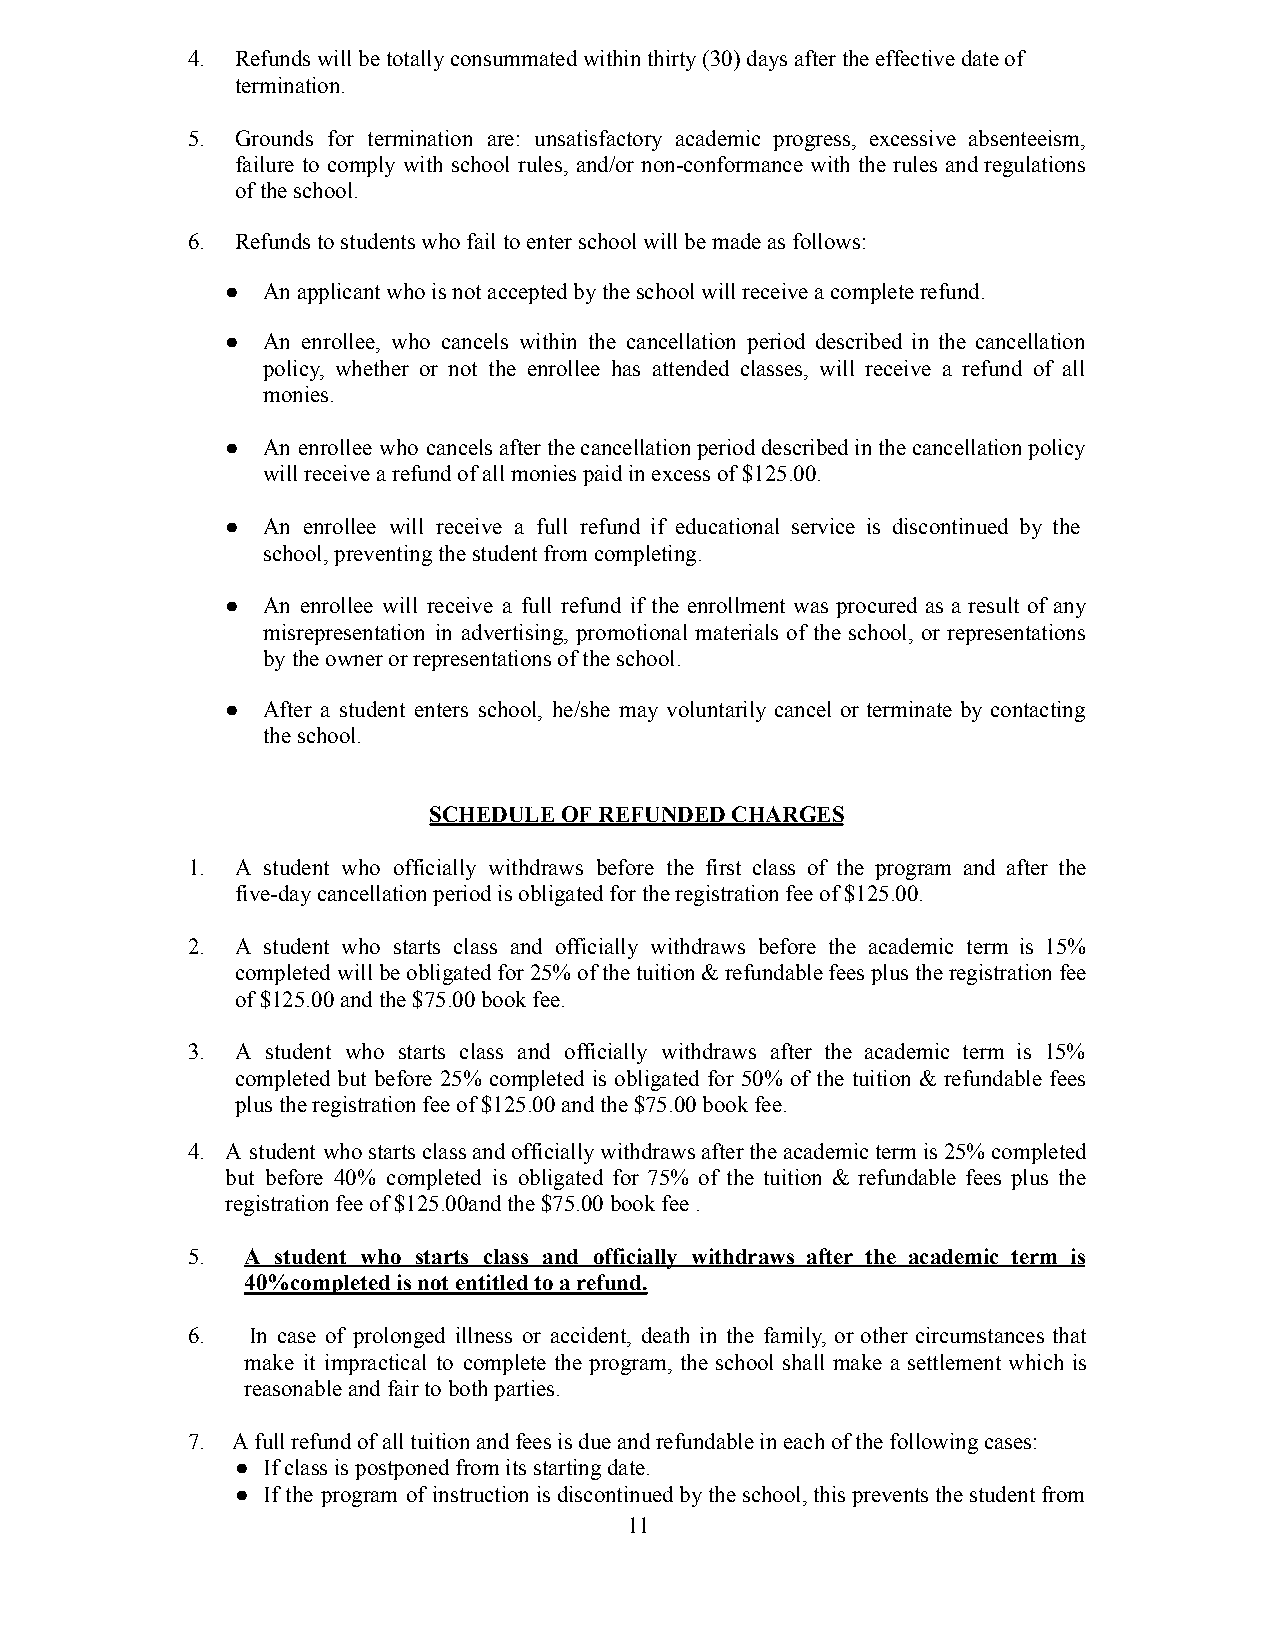
4.  Refundswillbetotallyconsummatedwithinthirty(30)daysaftertheeffectivedateof
 termination.
 5.  Grounds for termination are: unsatisfactory academic progress, excessive absenteeism,
 failure to comply with school rules, and/or non-conformance with the rules andregulations
 oftheschool.
 6.  Refundstostudentswhofailtoenterschoolwillbemadeasfollows:
 ● Anapplicantwhoisnotacceptedbytheschoolwillreceiveacompleterefund.
 ● An enrollee, who cancels within the cancellation period described in the cancellation
 policy, whether or not the enrollee has attended classes, will receive a refund of all
 monies.
 ● An enrollee who cancelsafterthecancellationperioddescribedinthecancellationpolicy
 willreceivearefundofallmoniespaidinexcessof$125.00.
 ● An enrollee will receive a full refund if educational service is discontinued by the
 school,preventingthestudentfromcompleting.
 ● An enrollee will receive a full refund if the enrollment was procured as a result of any
 misrepresentation in advertising, promotional materials of the school, or representations
 bytheownerorrepresentationsoftheschool.
 ● After a student enters school, he/she may voluntarily cancel or terminate by contacting
 theschool.
 SCHEDULEOFREFUNDEDCHARGES
 1.  A student who officially withdraws before the first class of the program and after the
 five-daycancellationperiodisobligatedfortheregistrationfeeof$125.00.
 2.  A student who starts class and officially withdraws before the academic term is 15%
 completed willbeobligatedfor25%ofthetuition&refundablefeesplustheregistrationfee
 of$125.00andthe$75.00bookfee.
 3.  A student who starts class and officially withdraws after the academic term is 15%
 completed but before 25% completed is obligated for 50% of the tuition & refundable fees
 plustheregistrationfeeof$125.00andthe$75.00bookfee.
 4. A student whostartsclassandofficiallywithdrawsaftertheacademictermis25%completed
 but before 40% completed is obligated for 75% of the tuition & refundable fees plus the
 registrationfeeof$125.00andthe$75.00bookfee.
 5.  A student who starts class and officially withdraws after the academic term is
 40%completedisnotentitledtoarefund.
 6.  In case of prolonged illness or accident, death in the family, or other circumstances that
 make it impractical to complete the program, the school shall make a settlement which is
 reasonableandfairtobothparties.
 7. Afullrefundofalltuitionandfeesisdueandrefundableineachofthefollowingcases:
 ● Ifclassispostponedfromitsstartingdate.
 ● If the program of instructionisdiscontinuedbytheschool,thispreventsthestudentfrom
 11